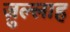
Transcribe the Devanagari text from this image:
ज़ुल्लाह